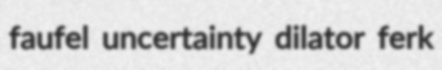
faufel uncertainty dilator ferk